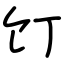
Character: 饤